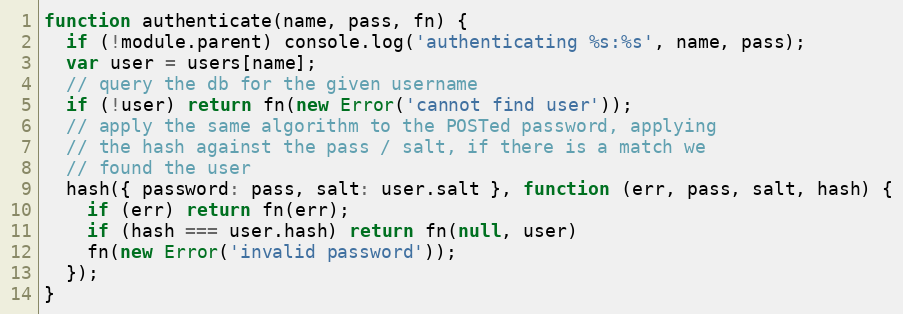
Language: JavaScript
function authenticate(name, pass, fn) {
  if (!module.parent) console.log('authenticating %s:%s', name, pass);
  var user = users[name];
  // query the db for the given username
  if (!user) return fn(new Error('cannot find user'));
  // apply the same algorithm to the POSTed password, applying
  // the hash against the pass / salt, if there is a match we
  // found the user
  hash({ password: pass, salt: user.salt }, function (err, pass, salt, hash) {
    if (err) return fn(err);
    if (hash === user.hash) return fn(null, user)
    fn(new Error('invalid password'));
  });
}